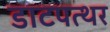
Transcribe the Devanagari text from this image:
डाटपत्थर